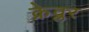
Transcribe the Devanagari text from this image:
क्रेव्लर